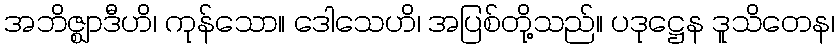
အဘိဇ္ဈာဒီဟိ၊ ကုန်သော။ ဒေါသေဟိ၊ အပြစ်တို့သည်။ ပဒုဋ္ဌေန ဒူသိတေန၊